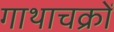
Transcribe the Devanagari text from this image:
गाथाचक्रों